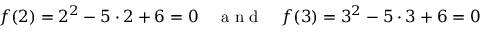
f ( 2 ) = 2 ^ { 2 } - 5 \cdot 2 + 6 = 0 \quad { \textrm { a n d } } \quad f ( 3 ) = 3 ^ { 2 } - 5 \cdot 3 + 6 = 0